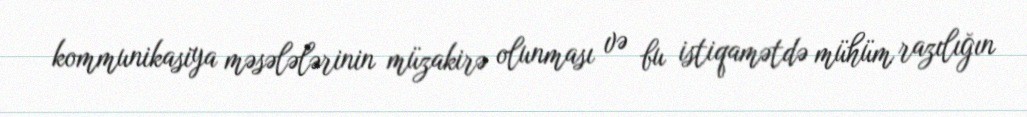
kommunikasiya məsələlərinin müzakirə olunması və bu istiqamətdə mühüm razılığın